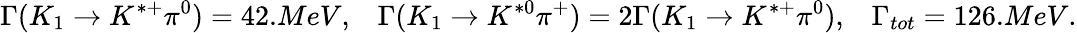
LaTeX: \Gamma(K_{1}\rightarrow K^{*+}\pi^{0})=42.MeV,\; \; \; \Gamma(K_{1}\rightarrow K^{*0}\pi^{+})=2\Gamma(K_{1}\rightarrow K^{*+}\pi^{0}),\; \; \; \Gamma_{tot}=126.MeV.